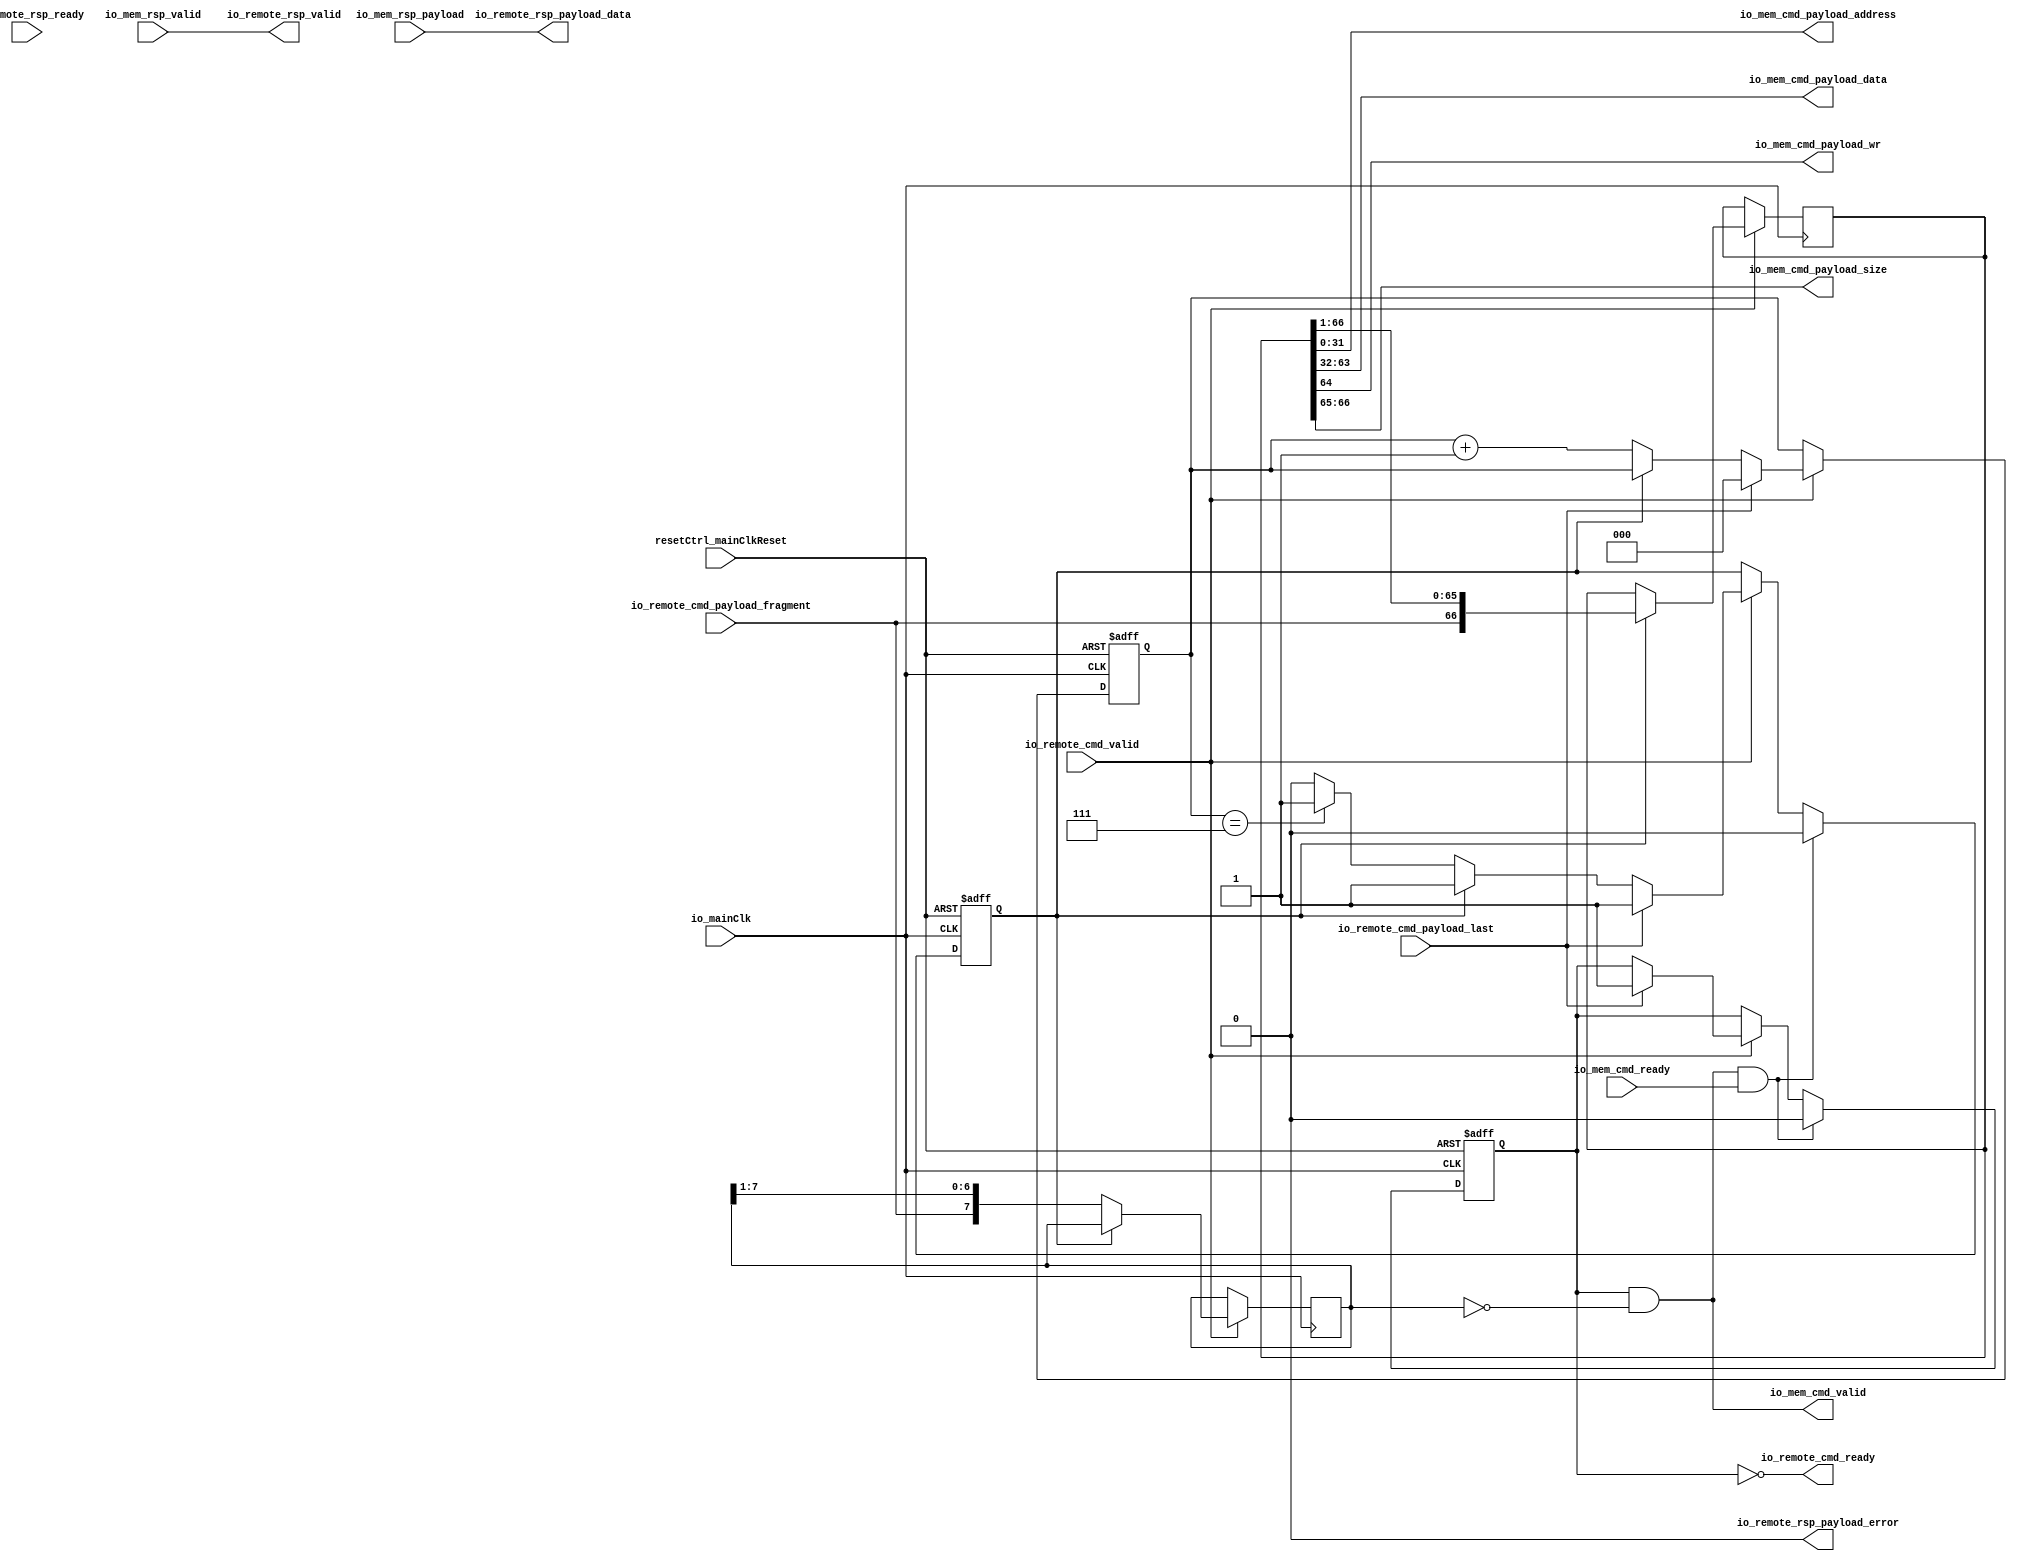
module SystemDebugger (
      input   io_remote_cmd_valid,
      output  io_remote_cmd_ready,
      input   io_remote_cmd_payload_last,
      input  [0:0] io_remote_cmd_payload_fragment,
      output  io_remote_rsp_valid,
      input   io_remote_rsp_ready,
      output  io_remote_rsp_payload_error,
      output [31:0] io_remote_rsp_payload_data,
      output  io_mem_cmd_valid,
      input   io_mem_cmd_ready,
      output [31:0] io_mem_cmd_payload_address,
      output [31:0] io_mem_cmd_payload_data,
      output  io_mem_cmd_payload_wr,
      output [1:0] io_mem_cmd_payload_size,
      input   io_mem_rsp_valid,
      input  [31:0] io_mem_rsp_payload,
      input   io_mainClk,
      input   resetCtrl_mainClkReset);
  wire  _zz_2;
  wire  _zz_3;
  wire [0:0] _zz_4;
  reg [66:0] dispatcher_dataShifter;
  reg  dispatcher_dataLoaded;
  reg [7:0] dispatcher_headerShifter;
  wire [7:0] dispatcher_header;
  reg  dispatcher_headerLoaded;
  reg [2:0] dispatcher_counter;
  wire [66:0] _zz_1;
  assign io_mem_cmd_valid = _zz_2;
  assign _zz_3 = (dispatcher_headerLoaded == 1'b0);
  assign _zz_4 = _zz_1[64 : 64];
  assign dispatcher_header = dispatcher_headerShifter[7 : 0];
  assign io_remote_cmd_ready = (! dispatcher_dataLoaded);
  assign _zz_1 = dispatcher_dataShifter[66 : 0];
  assign io_mem_cmd_payload_address = _zz_1[31 : 0];
  assign io_mem_cmd_payload_data = _zz_1[63 : 32];
  assign io_mem_cmd_payload_wr = _zz_4[0];
  assign io_mem_cmd_payload_size = _zz_1[66 : 65];
  assign _zz_2 = (dispatcher_dataLoaded && (dispatcher_header == (8'b00000000)));
  assign io_remote_rsp_valid = io_mem_rsp_valid;
  assign io_remote_rsp_payload_error = 1'b0;
  assign io_remote_rsp_payload_data = io_mem_rsp_payload;
  always @ (posedge io_mainClk or posedge resetCtrl_mainClkReset) begin
    if (resetCtrl_mainClkReset) begin
      dispatcher_dataLoaded <= 1'b0;
      dispatcher_headerLoaded <= 1'b0;
      dispatcher_counter <= (3'b000);
    end else begin
      if(io_remote_cmd_valid)begin
        if(_zz_3)begin
          dispatcher_counter <= (dispatcher_counter + (3'b001));
          if((dispatcher_counter == (3'b111)))begin
            dispatcher_headerLoaded <= 1'b1;
          end
        end
        if(io_remote_cmd_payload_last)begin
          dispatcher_headerLoaded <= 1'b1;
          dispatcher_dataLoaded <= 1'b1;
          dispatcher_counter <= (3'b000);
        end
      end
      if((_zz_2 && io_mem_cmd_ready))begin
        dispatcher_headerLoaded <= 1'b0;
        dispatcher_dataLoaded <= 1'b0;
      end
    end
  end
  always @ (posedge io_mainClk) begin
    if(io_remote_cmd_valid)begin
      if(_zz_3)begin
        dispatcher_headerShifter <= ({io_remote_cmd_payload_fragment,dispatcher_headerShifter} >>> 1);
      end else begin
        dispatcher_dataShifter <= ({io_remote_cmd_payload_fragment,dispatcher_dataShifter} >>> 1);
      end
    end
  end
endmodule